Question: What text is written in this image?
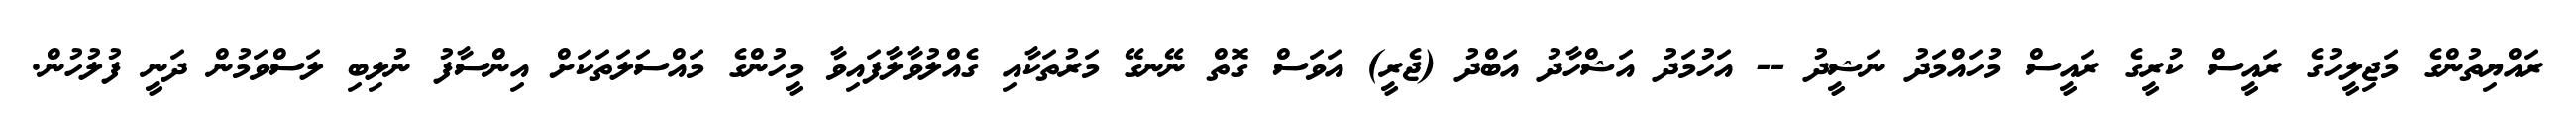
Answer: ރައްޔިތުންގެ މަޖިލީހުގެ ރައީސް ކުރީގެ ރައީސް މުހައްމަދު ނަޝީދު -- އަހުމަދު އަޝްހާދު އަބްދު (ޖެރީ) އަވަސް ގޮތް ނޭނގޭ މަރުތަކާއި ގެއްލުވާލާފައިވާ މީހުންގެ މައްސަލަތަކަށް އިންސާފު ނުލިބި ލަސްވަމުން ދަނީ ފުލުހުން.